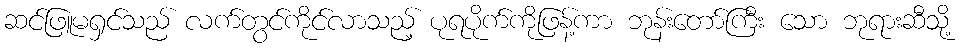
ဆင်ဖြူမရှင်သည် လက်တွင်ကိုင်လာသည့် ပုရပိုက်ကိုဖြန့်ကာ ဘုန်းတော်ကြီး သော ဘုရားဆီသို့